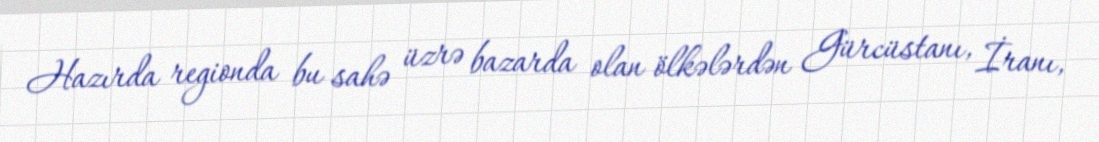
Hazırda regionda bu sahə üzrə bazarda olan ölkələrdən Gürcüstanı, İranı,